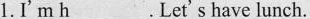
1.I'm \underline{h}. Let's have lunch.